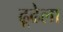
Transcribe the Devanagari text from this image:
ढूढेला